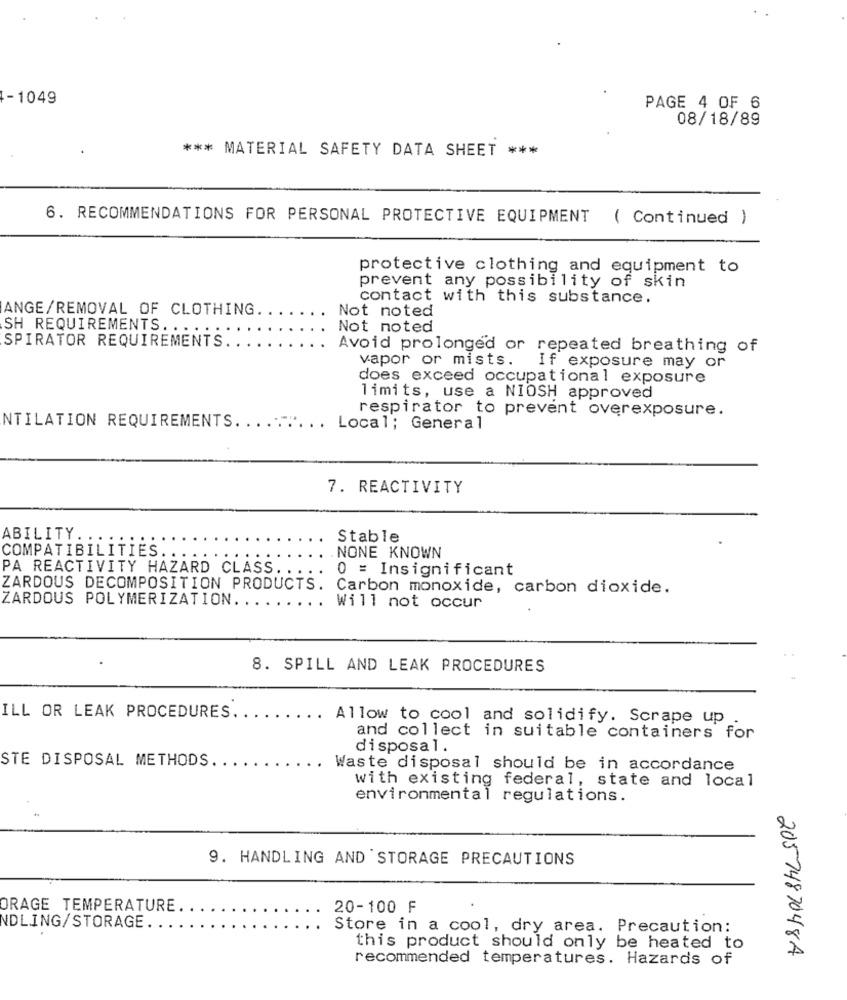
-1049
PAGE 4 OF 6
08/18/89
*** MATERIAL SAFETY DATA SHEET ***
6. RECOMMENDATIONS FOR PERSONAL PROTECTIVE EQUIPMENT
( Continued )
protective clothing and equipment to
prevent any possibility of skin
contact with this substance.
ANGE/REMOVAL OF CLOTHING.
Not noted
SH REQUIREMENTS. ..
Not noted
SPIRATOR REQUIREMENTS
Avoid prolonged or repeated breathing of
vapor or mists.
If exposure may or
does exceed occupational exposure
limits, use a NIOSH approved
respirator to prevent overexposure.
NTILATION REQUIREMENTS ......... Local; General
7. REACTIVITY
ABILITY ..
Stable
COMPATIBILITIES
NONE KNOWN
PA REACTIVITY HAZARD CLASS ..
0 = Insignificant
ZARDOUS DECOMPOSITION PRODUCTS. Carbon monoxide, carbon dioxide.
ZARDOUS POLYMERIZATION ..
..
Will not occur
8. SPILL AND LEAK PROCEDURES
ILL OR LEAK PROCEDURES.
.. Allow to cool and solidify. Scrape up
and collect in suitable containers for
disposal.
STE DISPOSAL METHODS.
Waste disposal should be in accordance
with existing federal, state and local
environmental regulations.
9. HANDLING AND STORAGE PRECAUTIONS
ORAGE TEMPERATURE.
20-100 F
VDLING/STORAGE ...
Store in a cool, dry area. Precaution:
this product should only be heated to
recommended temperatures. Hazards of
2057487048A